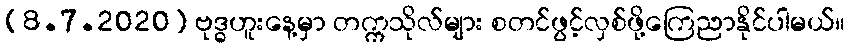
(8.7.2020) ဗုဒ္ဓဟူးနေ့မှာ တက္ကသိုလ်များ စတင်ဖွင့်လှစ်ဖို့ကြေညာနိုင်ပါမယ်။